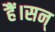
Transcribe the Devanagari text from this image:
हैं।सन्